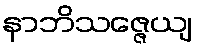
နာဘိသဇ္ဇေယျ